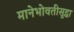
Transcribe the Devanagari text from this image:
मानेभोवतीसुद्धा